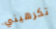
تكرهيني